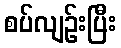
စပ်လျဉ်းပြီး